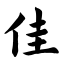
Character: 佳